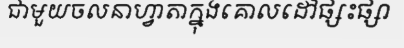
ជាមួយចលនាហ្វាតាក្នុងគោលដៅផ្សះផ្សា